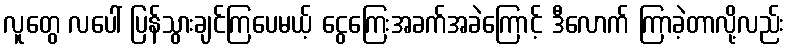
လူတွေ လပေါ် ပြန်သွားချင်ကြပေမယ့် ငွေကြေးအခက်အခဲကြောင့် ဒီလောက် ကြာခဲ့တာလို့လည်း